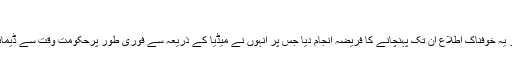
نائیجر، مغربی افریقہ
الحمدللہ قصور میں شبان ختم نبوت کے وفد نے ننھی زینب کے بابا سے ملاقات کی اور یہ خوفناک اطلاع ان تک پہنچانے کا فریضہ انجام دیا جس پر انہوں نے میڈیا کے ذریعہ سے فوری طور پرحکومت وقت سے ڈیمانڈ کی کہ جےآئی ٹی کے سربراہ جن کا مسلک احمد ی بتایا گیا اُن کو الگ کر دیا جائے۔